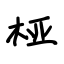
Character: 桠